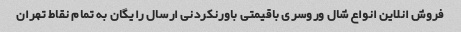
فروش انلاین انواع شال وروسری باقیمتی باورنکردنی ارسال رایگان به تمام نقاط تهران